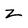
Character: z